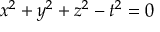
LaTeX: x ^ { 2 } + y ^ { 2 } + z ^ { 2 } - t ^ { 2 } = 0